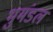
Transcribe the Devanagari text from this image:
भुमंडल